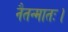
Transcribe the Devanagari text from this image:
नैतन्मातः।